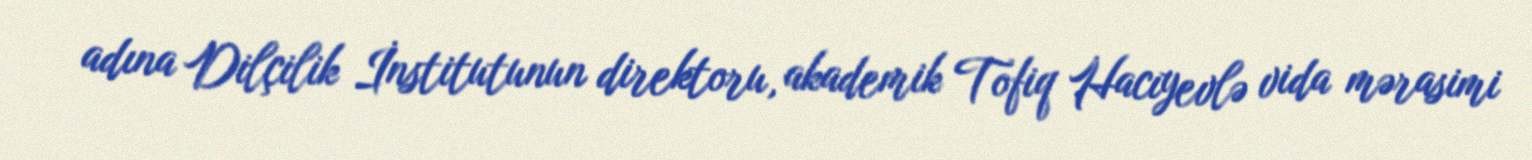
adına Dilçilik İnstitutunun direktoru, akademik Tofiq Hacıyevlə vida mərasimi